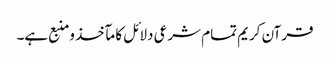
قرآن کریم تمام شرعی دلائل کا مآخذ ومنبع ہے۔